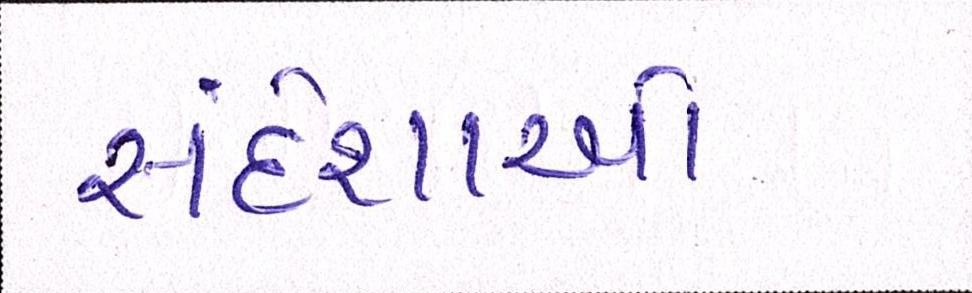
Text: સંદેશાઓ